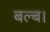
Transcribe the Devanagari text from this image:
बल्ब।